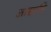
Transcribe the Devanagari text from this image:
आज्ञाप्ति